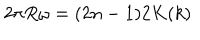
LaTeX: 2 \pi R \omega = ( 2 n - 1 ) 2 K ( k )